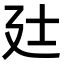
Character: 𫸑